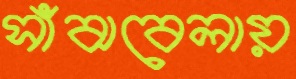
সাঁঝবেলায়